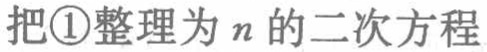
把\textcircled{1}整理为\(n\)的二次方程